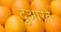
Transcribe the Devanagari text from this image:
दुआरते